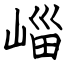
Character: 崰